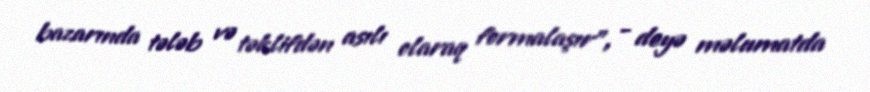
bazarında tələb və təklifdən asılı olaraq formalaşır”, - deyə məlumatda